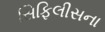
સિફિલીસના